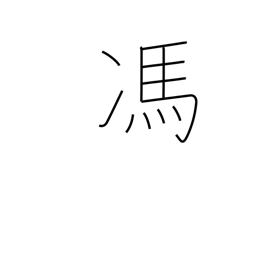
Meaning: displeasure